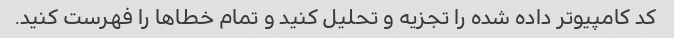
کد کامپیوتر داده شده را تجزیه و تحلیل کنید و تمام خطاها را فهرست کنید.